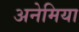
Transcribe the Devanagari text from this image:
अनेमिया